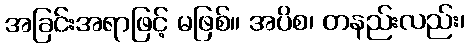
အခြင်းအရာဖြင့် မဖြစ်။ အပိစ၊ တနည်းလည်း၊